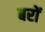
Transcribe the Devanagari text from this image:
बरों